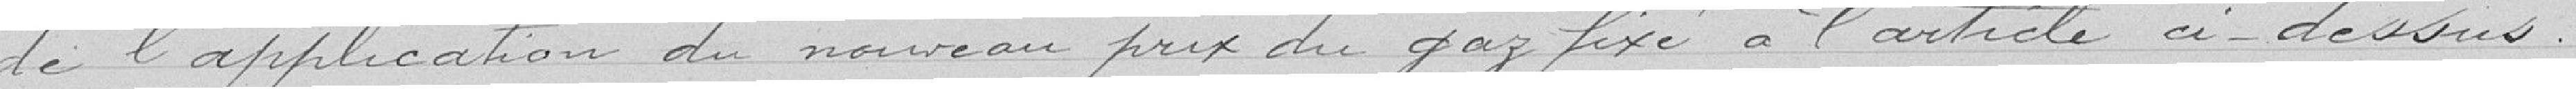
de l'application du nouveau prix du gaz à l'article ci-dessus.